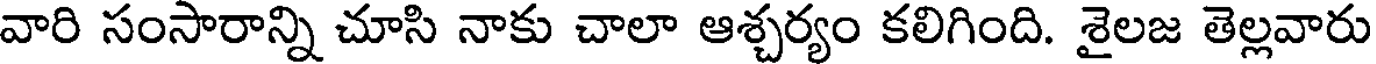
వారి సంసారాన్ని చూసి నాకు చాలా ఆశ్చర్యం కలిగింది. శైలజ తెల్లవారు